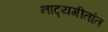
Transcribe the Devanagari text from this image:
नाट्यगीतांत